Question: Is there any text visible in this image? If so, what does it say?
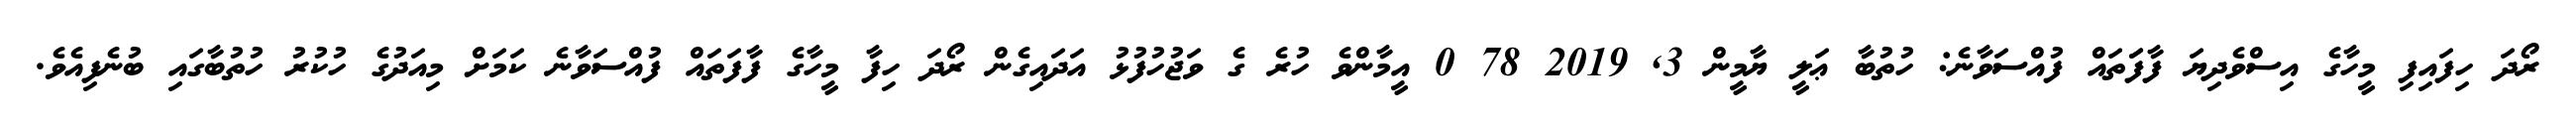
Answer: ރޯދަ ހިފައިފި މީހާގެ އިސްވެދިޔަ ފާފަަތައް ފުއްސަވާނެ: ހުތުބާ ޢަލީ ޔާމީން 3, 2019 78 0 އީމާންވެ ހުރެ ގެ ވަޖުހުފުޅު އަދައިގެން ރޯދަ ހިފާ މީހާގެ ފާފަތައް ފުއްސަވާނެ ކަމަށް މިއަދުގެ ހުކުރު ހުތުބާގައި ބުނެފިއެވެ.